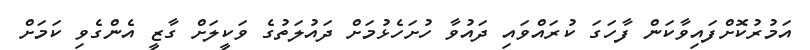
އަމުރުކޮށްފައިވާކަން ފާހަގަ ކުރައްވައި ދައުވާ ހުށަހެޅުމަށް ދައުލަތުގެ ވަކީލަށް ގާޒީ އެންގެވި ކަމަށް